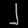
Digit: ၂